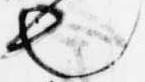
也